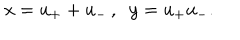
x = u _ { + } + u _ { - } \, , \; \; y = u _ { + } u _ { - } .